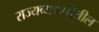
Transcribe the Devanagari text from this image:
राज्यव्यवस्थेतील